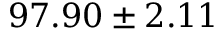
9 7 . 9 0 \pm 2 . 1 1 \